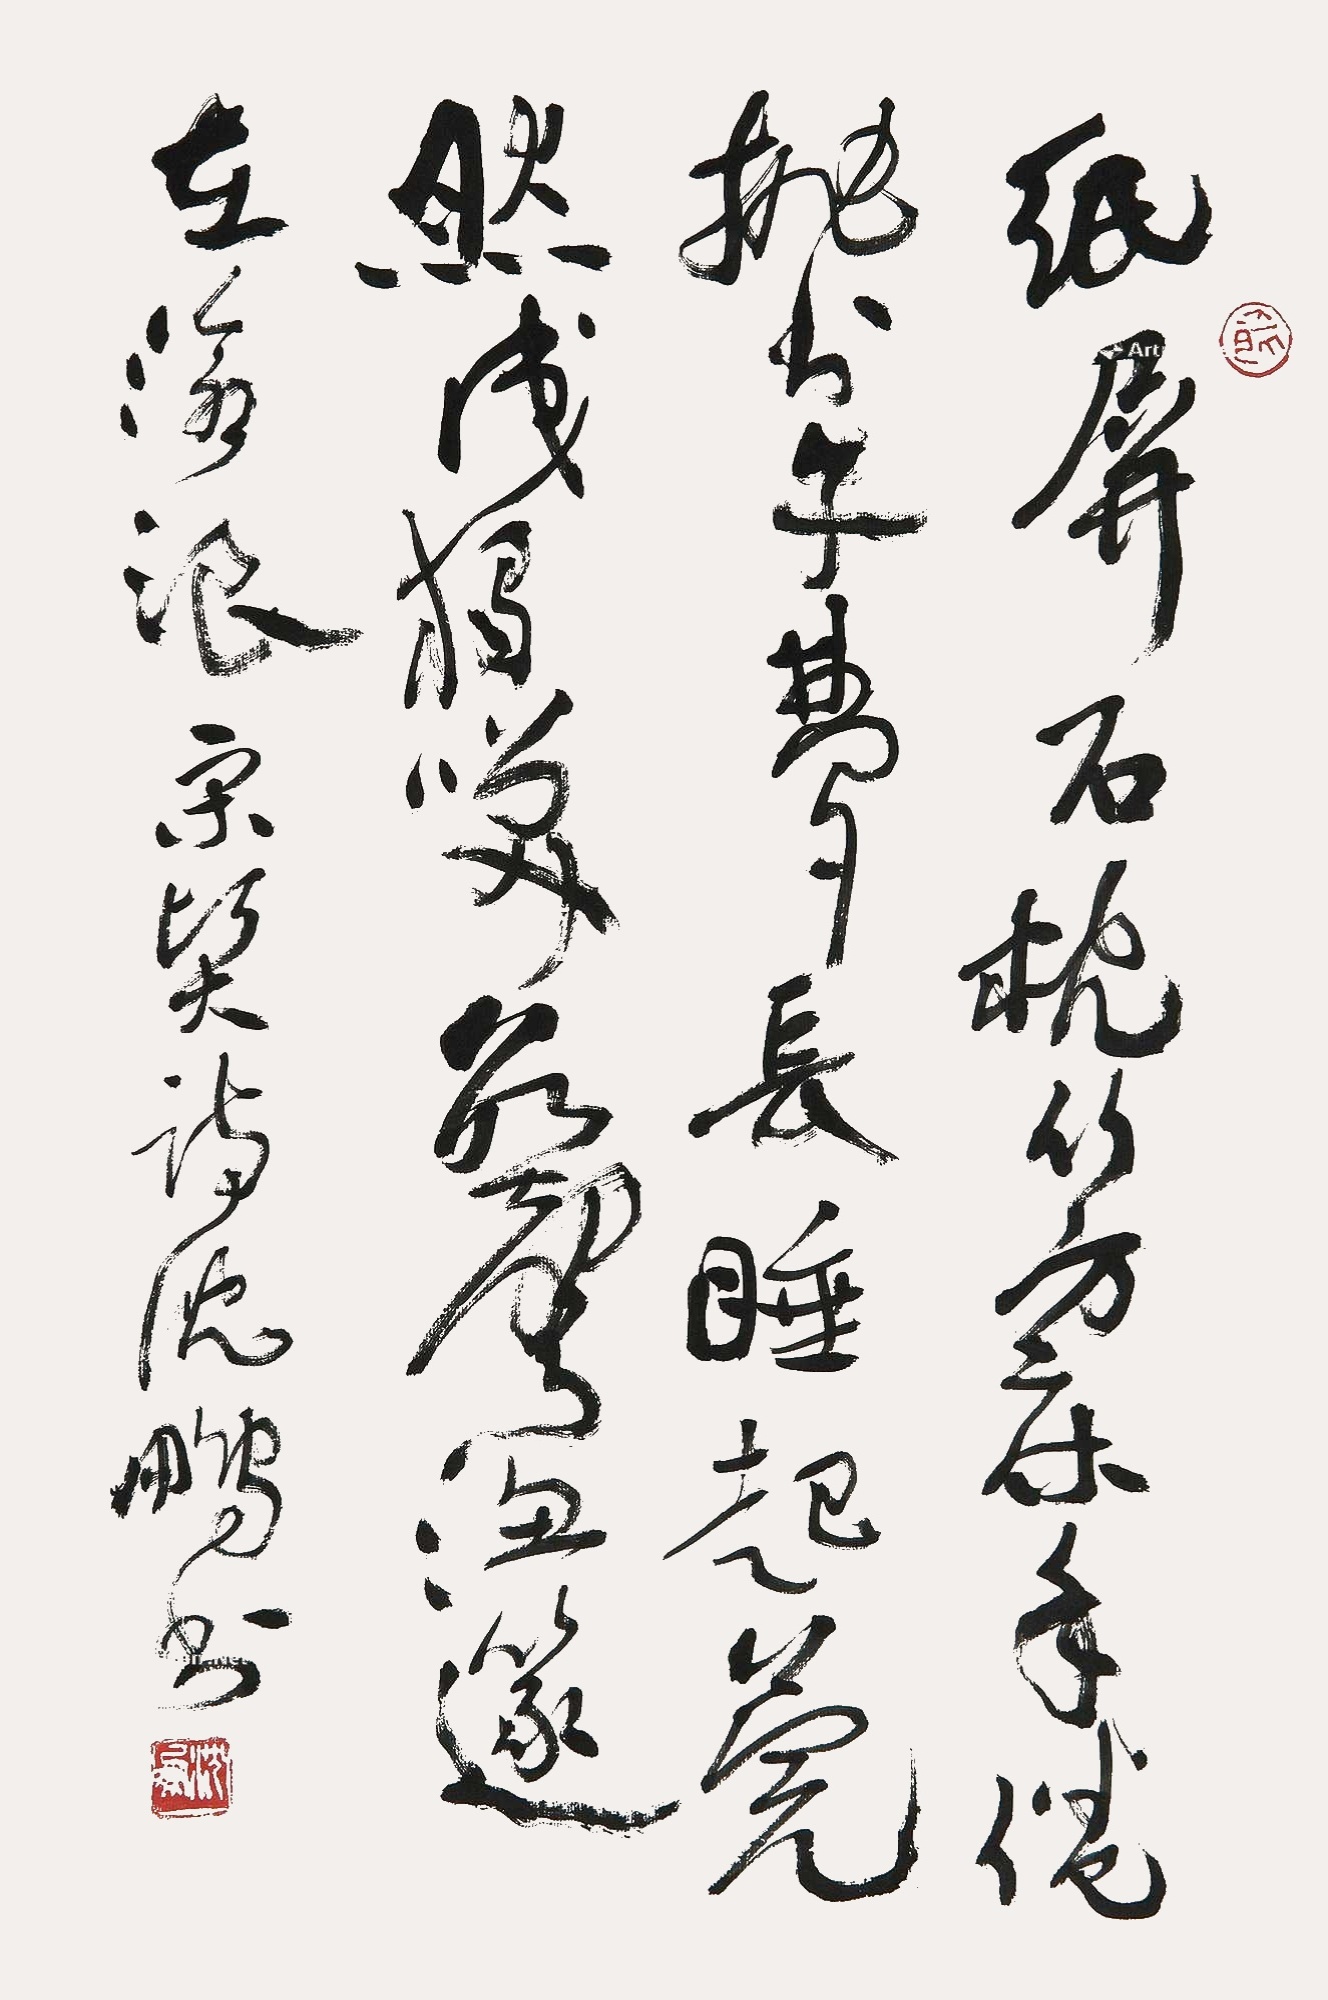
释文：纸屏石枕竹方床，手倦抛书午梦长。睡起莞然成独笑，数声渔笛在沧浪。宋诗沈鹏书。